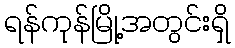
ရန်ကုန်မြို့အတွင်းရှိ